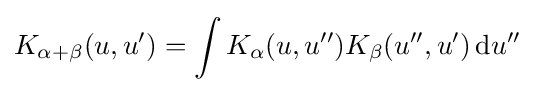
K_{\alpha +\beta }(u,u')=\int K_{\alpha }(u,u'')K_{\beta }(u'',u')\,\mathrm {d} u''